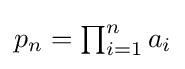
p_{n}=\textstyle \prod _{i=1}^{n}a_{i}